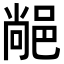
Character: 𨜂